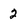
Character: 2